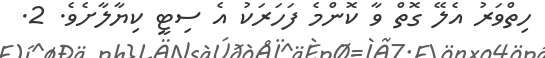
ހިތްވަރު އެލޭ ގޮތް ވާ ކޮންމެ ފަހަރަކު އެ ސިޓީ ކިޔާލާށެވެ. 2.